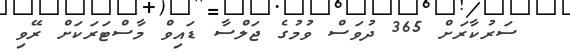
ސަރުކާރަށް 365 ދުވަސް ވުމުގެ ޖަލްސާ ޑައިވް މާސްޓަރަކަށް ރޭވި